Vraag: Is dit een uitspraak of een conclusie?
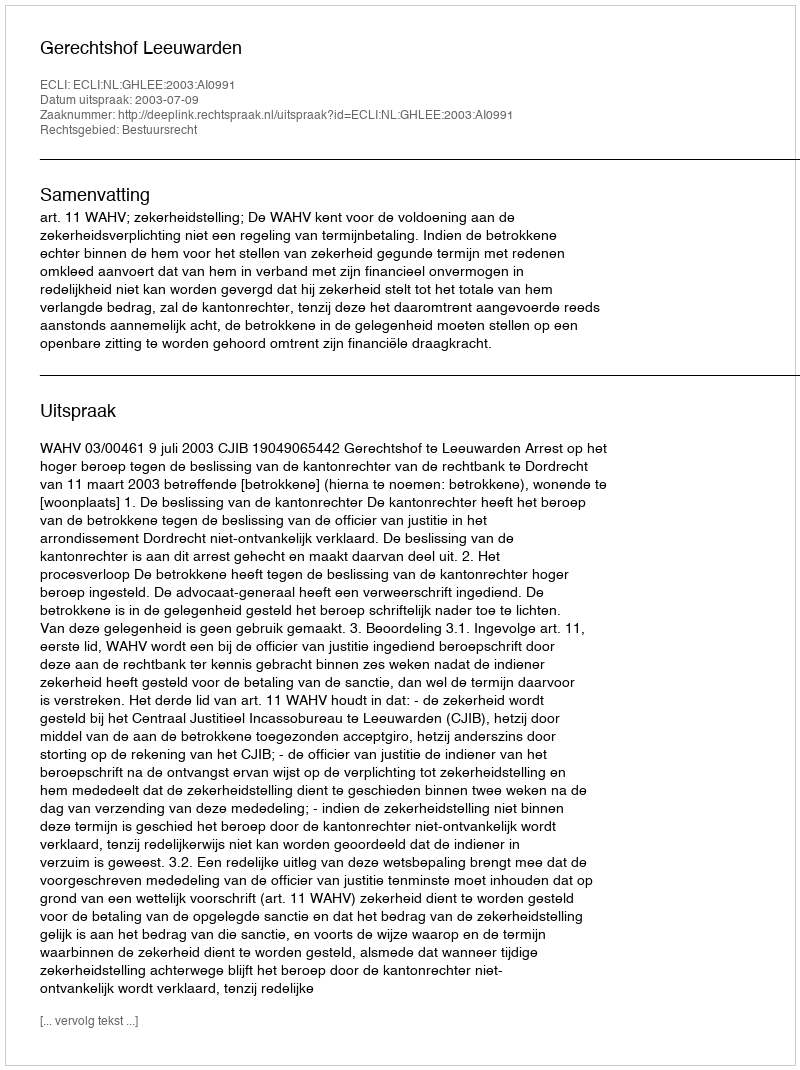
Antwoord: Uitspraak